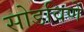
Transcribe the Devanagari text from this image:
सोडविणें